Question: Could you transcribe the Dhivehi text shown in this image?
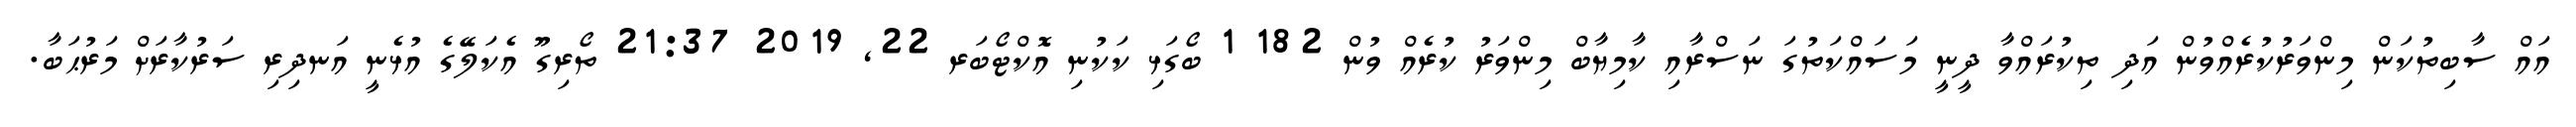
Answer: އައް ސާބިތުކަން މިންވަރުކުރެއްވުން އަދި ތިކުރައްވާ ދީނީ މަސައްކަތުގަ ނަސްރާއި ކާމިޔާބް މިންވަރު ކުރެއް ވުން 182 1 ބޯގަޅި ކަކުނި އޮކްޓޯބަރ 22, 2019 21:37 ތޯރިގޫ އެކަލޭގެ އުޅެނީ އަނދިރި ސަރުކާރަށް މަރުޙަބާ.